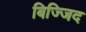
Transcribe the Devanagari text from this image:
बिज्जिद